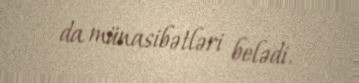
da münasibətləri belədi.